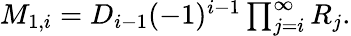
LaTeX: \begin{array}{r}{M_{1,i}=D_{i-1}(-1)^{i-1}\prod_{j=i}^{\infty}R_{j}.}\end{array}